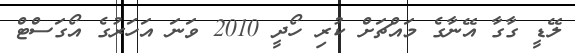
ލޭޑީ ގާގާ އޭނާގެ މައްޗަށް ކުރި ހޯދީ 2010 ވަނަ އަހަރުގެ އޯގަސްޓް